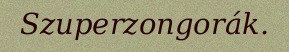
Szuperzongorák.